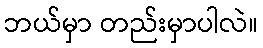
ဘယ်မှာ တည်းမှာပါလဲ။